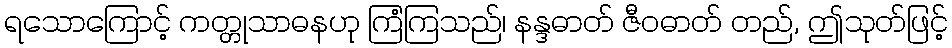
ရသောကြောင့် ကတ္တုသာဓနဟု ကြံကြသည်၊ နန္ဒဓာတ် ဇီဝဓာတ် တည်, ဤသုတ်ဖြင့်